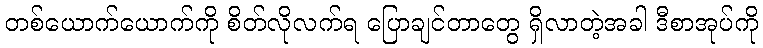
တစ်ယောက်ယောက်ကို စိတ်လိုလက်ရ ပြောချင်တာတွေ ရှိလာတဲ့အခါ ဒီစာအုပ်ကို